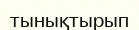
тынықтырып